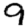
Digit: 9